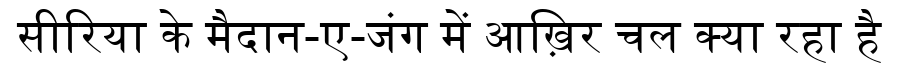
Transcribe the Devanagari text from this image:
सीरिया के मैदान-ए-जंग में आख़िर चल क्या रहा है